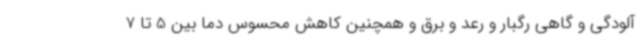
آلودگی و گاهی رگبار و رعد و برق و همچنین کاهش محسوس دما بین 5 تا 7